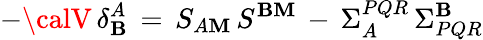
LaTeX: -{\calV}\, \delta_{\mathbf{B}}^{A}\, =\, S_{A\mathbf{M}}\, S^{\mathbf{B}\mathbf{M}}\, -\, \Sigma_{A}^{PQR}\, \Sigma_{PQR}^{\mathbf{B}}